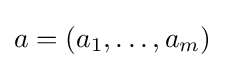
a=(a_{1},\ldots ,a_{m})